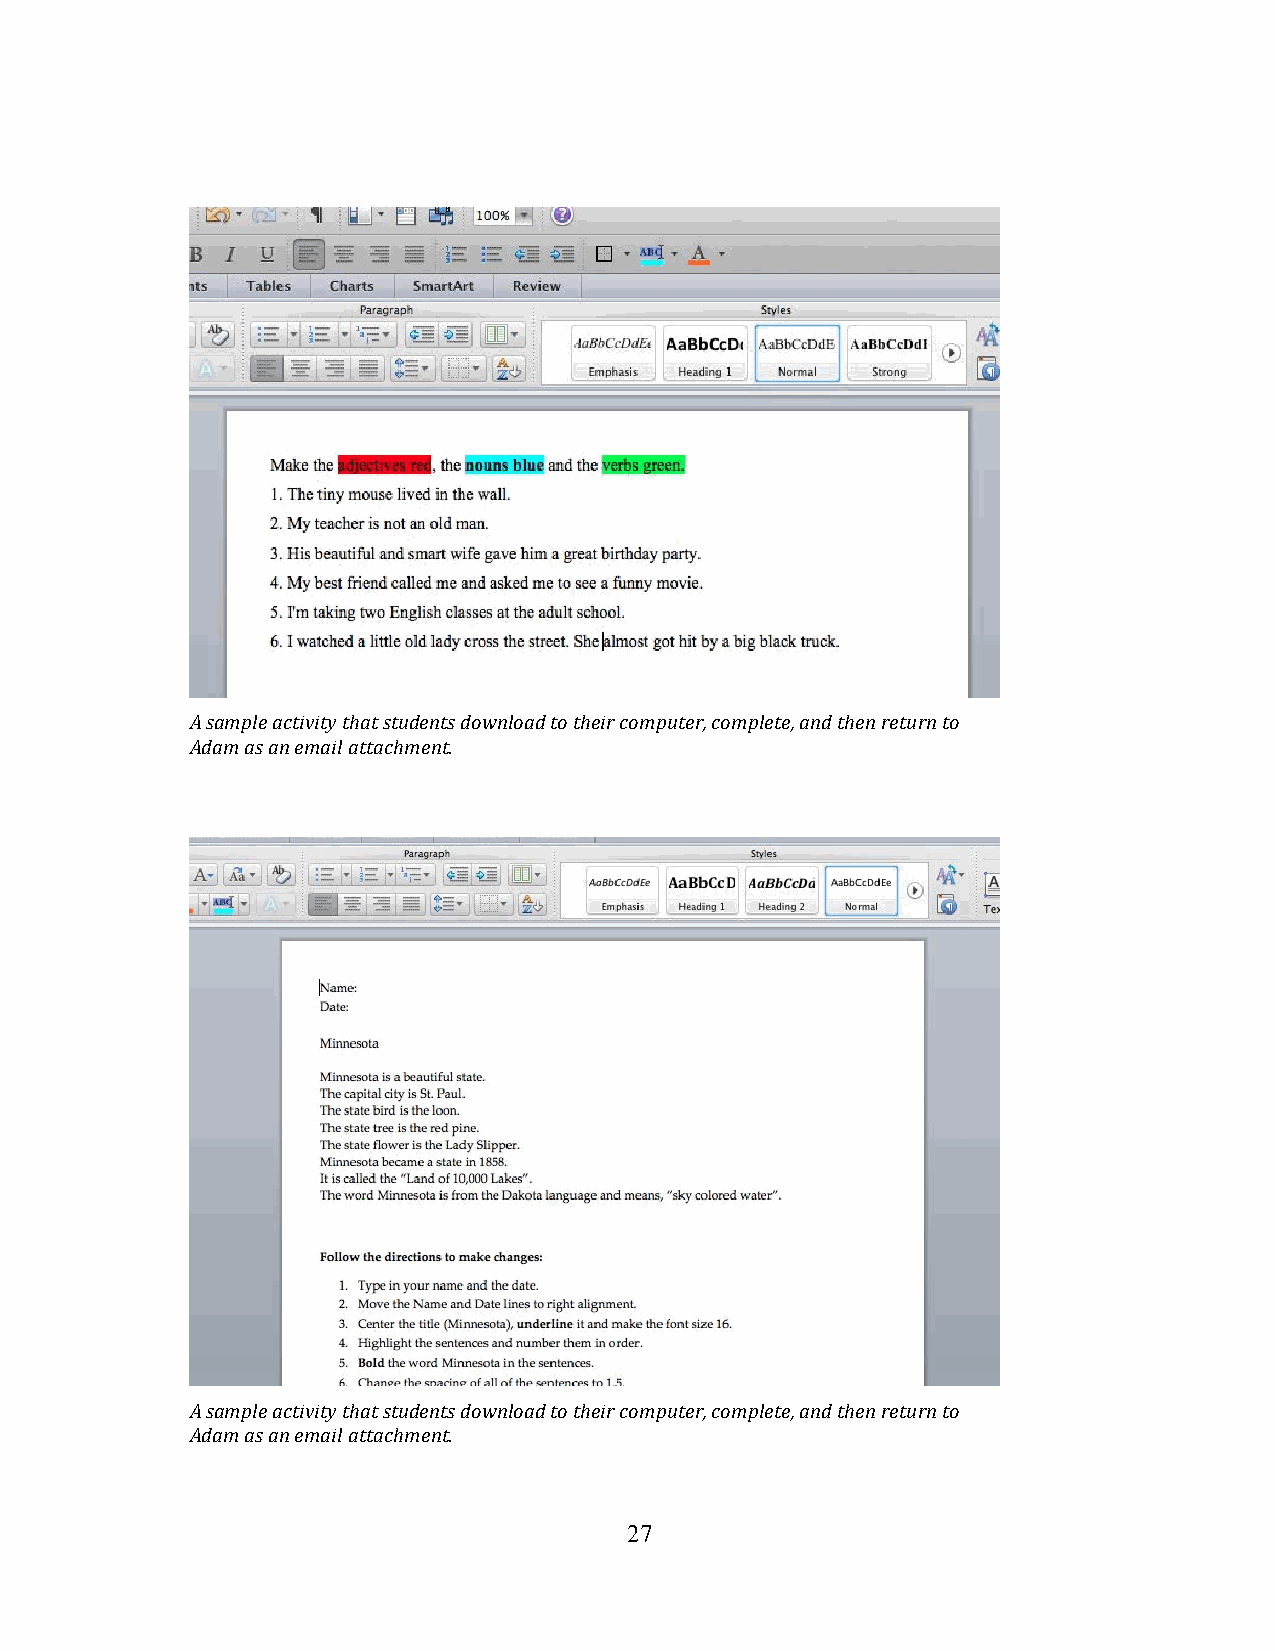
A sample activity that students download to their computer, complete, and then return to
 Adam as an email attachment.
 A sample activity that students download to their computer, complete, and then return to
 Adam as an email attachment.
 2 7